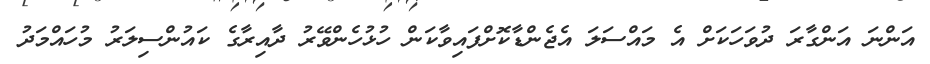
އަންނަ އަންގާރަ ދުވަހަކަށް އެ މައްސަލަ އެޖެންޑާކޮށްފައިވާކަން ހުޅުހެންވޭރު ދާއިރާގެ ކައުންސިލަރު މުހައްމަދު